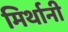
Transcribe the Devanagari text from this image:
मिर्थानी